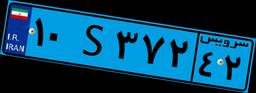
۵۵S۲۷۸۵۲